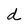
Character: d